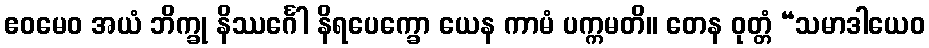
ဧဝမေဝ အယံ ဘိက္ခု နိဿင်္ဂေါ နိရပေက္ခော ယေန ကာမံ ပက္ကမတိ။ တေန ဝုတ္တံ “သမာဒါယေဝ